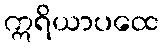
ဣရိယာပထေ